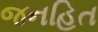
જનહિત